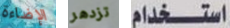
الإضاءة تزدهر استخدام